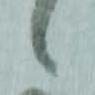
々